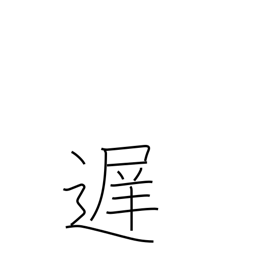
Meaning: late